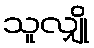
သူလျှို